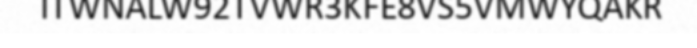
ITWNALW92TVWR3KFE8VS5VMWYQAKR